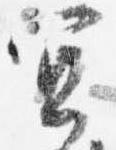
宜